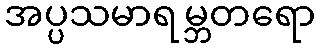
အပ္ပသမာရမ္ဘတရော